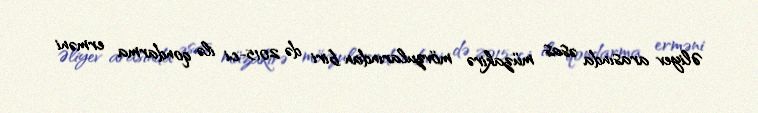
Əliyev arasında əsas müzakirə mövzularından biri də 2015-ci ilə qondarma erməni